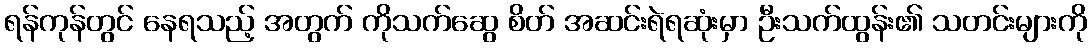
ရန်ကုန်တွင် နေရသည့် အတွက် ကိုသက်ဆွေ စိတ် အဆင်းရဲရဆုံးမှာ ဦးသက်ထွန်း၏ သတင်းများကို